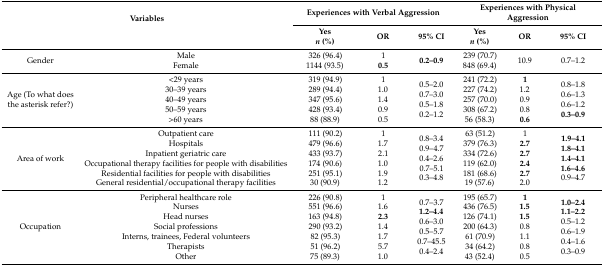
<table><thead><tr><td rowspan="2" colspan="2"><b>Variables</b></td><td colspan="3"><b>Experiences with Verbal Aggression</b></td><td colspan="3"><b>Experiences with Physical Aggression</b></td></tr><tr><td><b>Yes <i>n</i> (%)</b></td><td><b>OR</b></td><td><b>95% CI</b></td><td><b>Yes <i>n</i> (%)</b></td><td><b>OR</b></td><td><b>95% CI</b></td></tr></thead><tbody><tr><td>Gender</td><td>Male Female</td><td>326 (96.4) 1144 (93.5)</td><td>1 <b>0.5</b></td><td><b>0.2–0.9</b></td><td>239 (70.7) 848 (69.4)</td><td>10.9</td><td>0.7–1.2</td></tr><tr><td>Age (To what does the asterisk refer?)</td><td>&lt;29 years 30–39 years 40–49 years 50–59 years &gt;60 years</td><td>319 (94.9) 289 (94.4) 347 (95.6) 428 (93.4) 88 (88.9)</td><td>1 1.0 1.4 0.9 0.5</td><td>0.5–2.0 0.7–3.0 0.5–1.8 0.2–1.2</td><td>241 (72.2) 227 (74.2) 257 (70.0) 308 (67.2) 56 (58.3)</td><td><b>1</b>1.2 0.9 0.8 <b>0.6</b></td><td>0.8–1.8 0.6–1.3 0.6–1.2 <b>0.3–0.9</b></td></tr><tr><td>Area of work</td><td>Outpatient care Hospitals Inpatient geriatric care Occupational therapy facilities for people with disabilities Residential facilities for people with disabilities General residential/occupational therapy facilities </td><td>111 (90.2) 479 (96.6) 433 (93.7) 174 (90.6) 251 (95.1) 30 (90.9)</td><td>1 1.7 2.1 1.0 1.9 1.2</td><td>0.8–3.4 0.9–4.7 0.4–2.6 0.7–5.1 0.3–4.8</td><td>63 (51.2) 379 (76.3) 334 (72.6) 119 (62.0) 181 (68.6) 19 (57.6)</td><td>1 <b>2.7</b><b>2.7</b><b>2.4</b><b>2.7</b>2.0</td><td><b>1.9–4.1</b><b>1.8–4.1</b><b>1.4–4.1</b><b>1.6–4.6</b>0.9–4.7</td></tr><tr><td>Occupation</td><td>Peripheral healthcare role Nurses Head nurses Social professions Interns, trainees, Federal volunteers Therapists Other</td><td>226 (90.8) 551 (96.6) 163 (94.8) 290 (93.2) 82 (95.3) 51 (96.2) 75 (89.3)</td><td>1 1.6 <b>2.3</b>1.4 1.7 5.7 1.0</td><td>0.7–3.7 <b>1.2–4.4</b>0.6–3.0 0.5–5.7 0.7–45.5 0.4–2.4</td><td>195 (65.7) 436 (76.5) 126 (74.1) 200 (64.3) 61 (70.9) 34 (64.2) 43 (52.4)</td><td><b>1</b><b>1.5</b><b>1.5</b>0.8 1.1 0.8 0.5</td><td><b>1.0–2.4</b><b>1.1–2.2</b>0.5–1.2 0.6–1.9 0.4–1.6 0.3–0.9</td></tr></tbody></table>